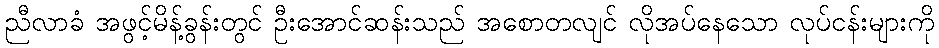
ညီလာခံ အဖွင့်မိန့်ခွန်းတွင် ဦးအောင်ဆန်းသည် အစောတလျင် လိုအပ်နေသော လုပ်ငန်းများကို